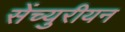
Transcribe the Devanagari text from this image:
सेंच्युरीयन